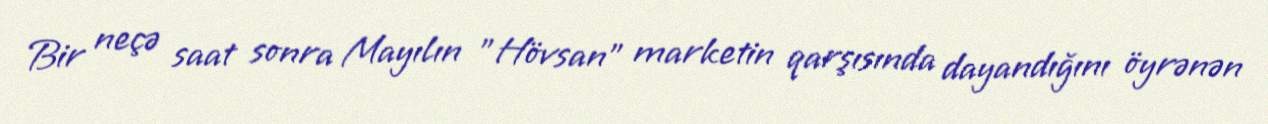
Bir neçə saat sonra Mayılın "Hövsan" marketin qarşısında dayandığını öyrənən